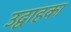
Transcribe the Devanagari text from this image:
उद्वाहका